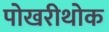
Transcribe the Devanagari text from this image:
पोखरीथोक